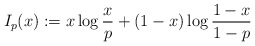
\begin{align*}I_p(x) := x \log \frac{x}{p} + (1-x) \log \frac{1-x}{1-p}\end{align*}